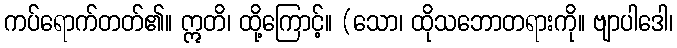
ကပ်ရောက်တတ်၏။ ဣတိ၊ ထို့ကြောင့်။ (သော၊ ထိုသဘောတရားကို။ ဗျာပါဒေါ၊